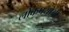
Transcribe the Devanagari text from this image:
लोकपयोगी